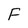
Character: F